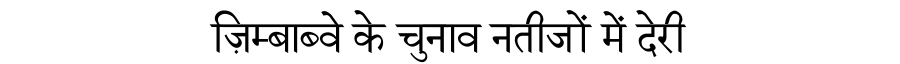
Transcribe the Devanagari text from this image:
ज़िम्बाब्वे के चुनाव नतीजों में देरी